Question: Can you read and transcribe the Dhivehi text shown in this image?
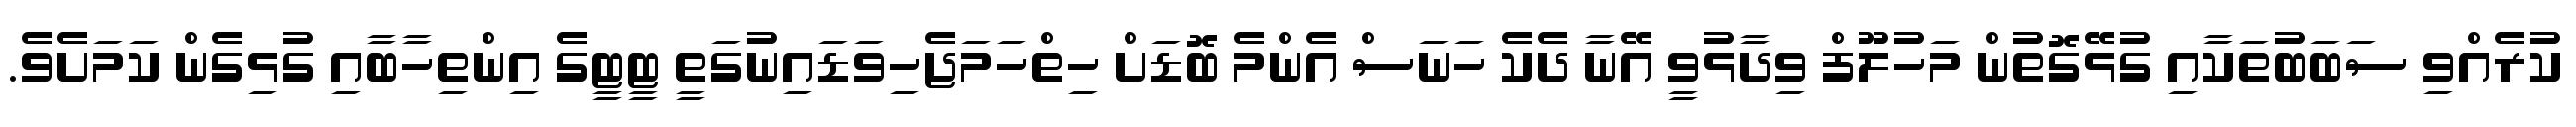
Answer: ކުރެއްވި ސަބަބުތަކާއި ގުޅޭގޮތުން މަހުލޫފް ވިދާޅުވީ އޭނާ ދެކެ ހަނަސް އެންމެ ބޮޑަށް ހިތްހަމަޖެހިވަޑައިނުގަތީ ޓީޓީގެ އިންތިހާބާއި ގުޅިގެން ކަމަށެވެ.